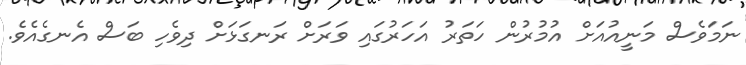
ނަމަވެސް މަނީއުއަށް އުމުރުން ހަތަރު އަހަރުގައި ވަރަށް ރަނގަޅަށް ދިވެހި ބަސް އެނގެއެވެ.